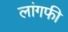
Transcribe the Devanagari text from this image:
लांगफी